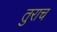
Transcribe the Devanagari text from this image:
तुराच